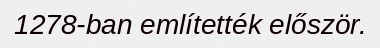
1278-ban említették először.